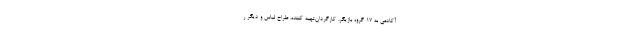
آکادمی به 17 گروه بازیگر، کارگردان،تهیه کننده، طراح لباس و دیگر ر